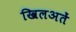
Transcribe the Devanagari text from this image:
खिलअतें